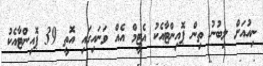
ނިއުއަށް ލިބުނު ތިން ޕޮއިންޓާއެކު އެޓީމް އެއް ވަނައިގައި އޮތީ 39 ޕޮއިންޓާއެކު